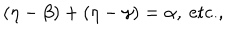
LaTeX: ( \eta - \beta ) + ( \eta - \gamma ) = \alpha , \ \textrm { e t c . , }